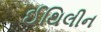
ઈથિલીન